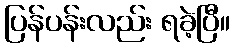
ပြန်ပန်းလည်း ရခဲ့ပြီ။